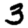
Digit: 3